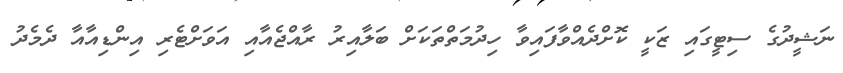
ނަޝީދުގެ ސިޓީގައި ޒަކީ ކޮށްދެއްވާފައިވާ ހިދުމަތްތަކަށް ބަލާއިރު ރާއްޖެއާއި އަވަށްޓެރި އިންޑިއާއާ ދެމެދު